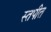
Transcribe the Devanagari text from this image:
स्तपीत